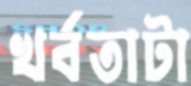
খর্বতাটা